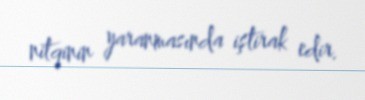
nitqinin yaranmasında iştirak edir.